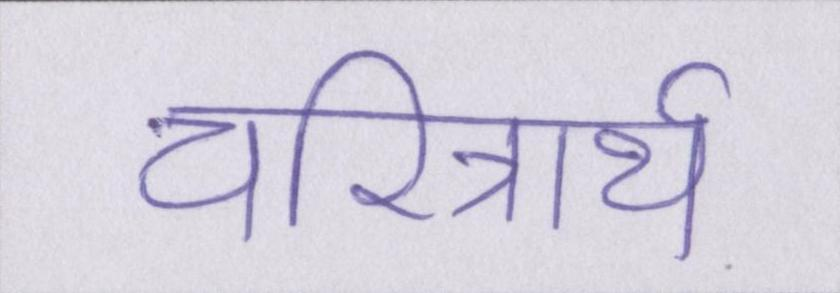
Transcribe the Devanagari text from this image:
चरित्रार्थ